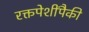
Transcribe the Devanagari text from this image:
रक्तपेशींपैकी